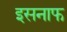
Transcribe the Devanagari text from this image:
इसनाफ